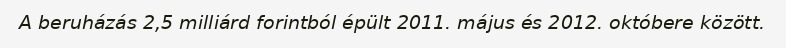
A beruházás 2,5 milliárd forintból épült 2011. május és 2012. októbere között.